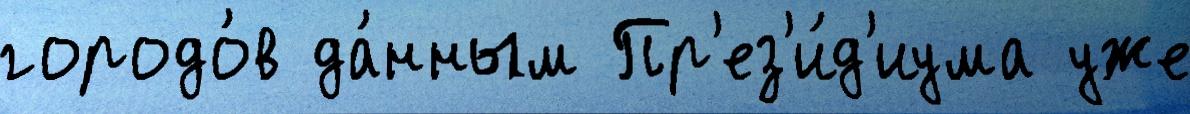
городо́в да́нным Пр'ез'и́д'иума уже